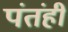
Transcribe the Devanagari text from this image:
पंतंही